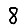
Digit: 8